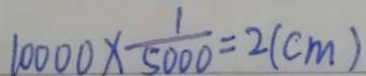
1 0 0 0 0 \times \frac { 1 } { 5 0 0 0 } = 2 ( c m )